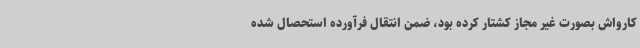
کارواش بصورت غیر مجاز کشتار کرده بود، ضمن انتقال فرآورده استحصال شده